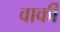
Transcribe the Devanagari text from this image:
वार्की